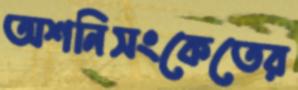
অশনিসংকেতের